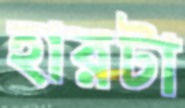
হারটা